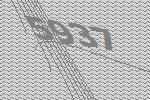
5937